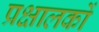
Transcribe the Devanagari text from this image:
प्रक्षालकों